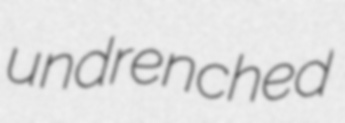
undrenched